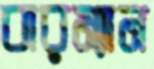
বারম্যান